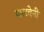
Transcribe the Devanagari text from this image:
पालवेनी